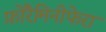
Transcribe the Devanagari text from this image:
फ़ोरैमिनीफेरा